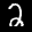
Label: 2